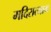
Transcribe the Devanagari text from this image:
मदिरात्याग